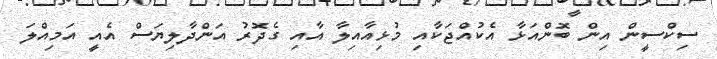
ސިކްސީން އިން ބޮންއަޅާ އެކުއްޖަކާއި މުޅިއާއިލާ އާއި ގެދޮރު އަންދާލިޔަސް އެއީ އަމިއްލަ